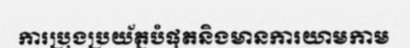
ការប្រុងប្រយ័ត្នបំផុតនិងមានការយាមកាម